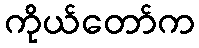
ကိုယ်တော်က